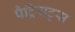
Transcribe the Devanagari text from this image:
पैट्रियट्स